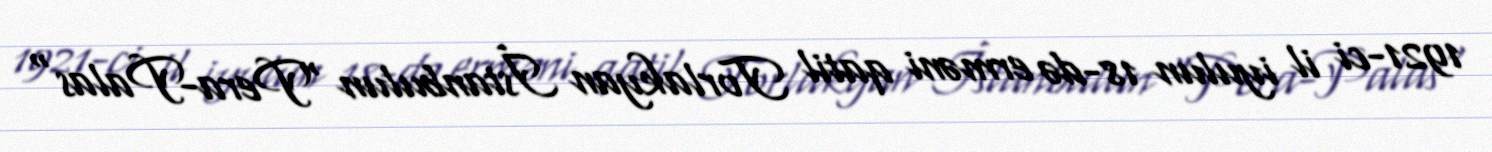
1921-ci il iyulun 18-də erməni qatil Torlakyan İstanbulun "Pera-Palas"